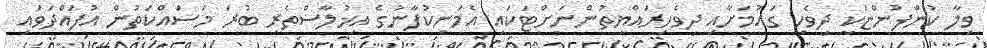
ވިލާ ކުންފުންޏަކީ ދިވެހި ގައުމަށާއި ދިވެހިރައްޔިތުންނަށްޓަކައި އެމަނިކުފާނުގެ އިޚުލާސްތެރި ބުރަ މަސައްކަތުން އުފައްދަވައި